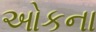
ઓકના